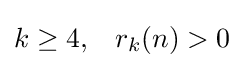
k\geq 4,\;\;\;r_{k}(n)>0